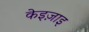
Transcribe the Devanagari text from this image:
केइज़ाइ